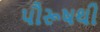
પૌરૂષથી